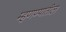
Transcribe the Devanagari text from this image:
म्हणण्यातील